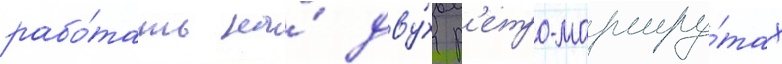
рабо́тать на́ дву́х р'етро-маршру́тах